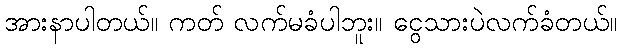
အားနာပါတယ်။ ကတ် လက်မခံပါဘူး။ ငွေသားပဲလက်ခံတယ်။